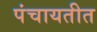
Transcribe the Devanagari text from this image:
पंचायतीत